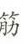
筋